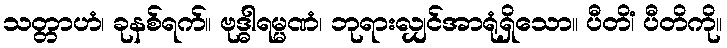
သတ္တာဟံ၊ ခုနစ်ရက်။ ဗုဒ္ဓါရမ္မဏံ၊ ဘုရားလျှင်အာရုံရှိသော။ ပီတိံ၊ ပီတိကို။